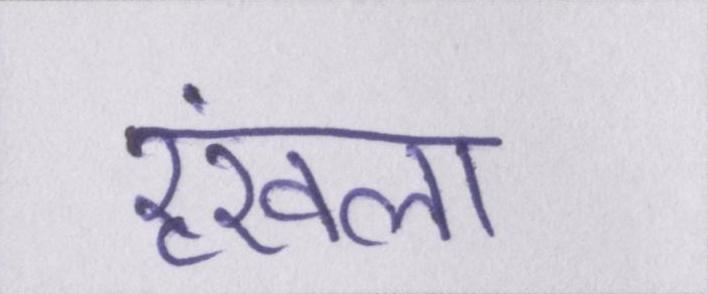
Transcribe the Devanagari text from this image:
रॄंखला